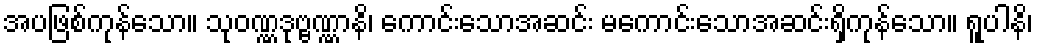
အပဖြစ်ကုန်သော။ သုဝဏ္ဏဒုဗ္ဗဏ္ဏာနိ၊ ကောင်းသောအဆင်း မကောင်းသောအဆင်းရှိကုန်သော။ ရူပါနိ၊